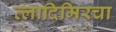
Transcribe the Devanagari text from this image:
व्लादिमिरचा